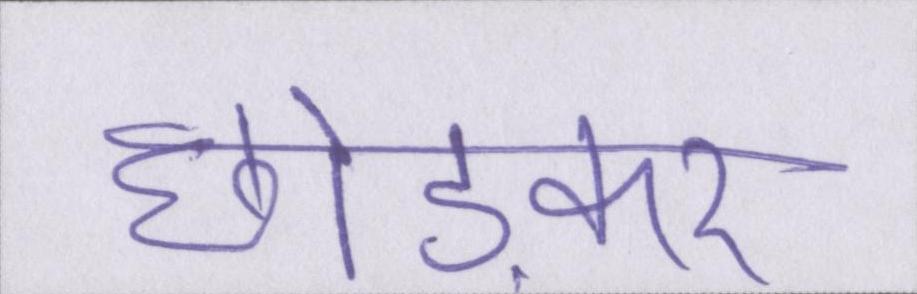
छोङकर